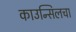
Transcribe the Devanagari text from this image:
काउन्सिलचा